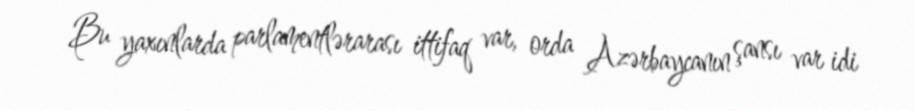
Bu yaxınlarda parlamentlərarası ittifaq var, orda Azərbaycanın şansı var idi